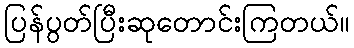
ပြန်ပွတ်ပြီးဆုတောင်းကြတယ်။